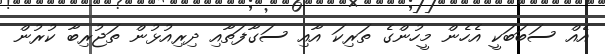
އެއް ސަބަބަކީ އެހެން މީހުންގެ ތަރިކަ އާއި ސަގާފަތާއި ދިރިއުޅުން ތަޖުރިބާ ކުރުން